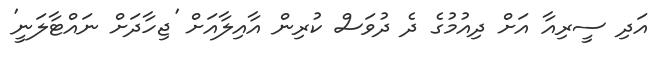
އަދި ސީރިއާ އަށް ދިއުމުގެ ދެ ދުވަސް ކުރިން އާއިލާއަށް 'ޖިހާދަށް ނައްޓާލަނީ'